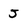
Character: 5